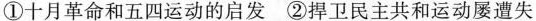
①十月革命和五四运动的启发②捍卫民主共和运动屡遭失